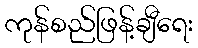
ကုန်စည်ဖြန့်ချီရေး